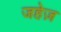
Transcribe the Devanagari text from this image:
जहेज़